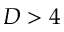
D > 4